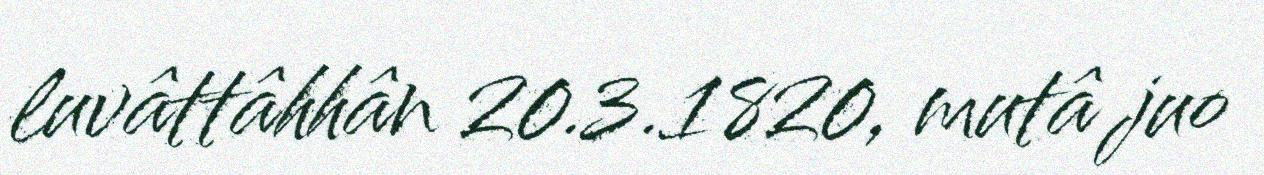
luvâttâhhân 20.3.1820, mutâ juo